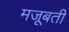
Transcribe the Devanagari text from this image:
मजूबती